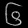
Digit: ၆